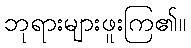
ဘုရားများဖူးကြ၏။